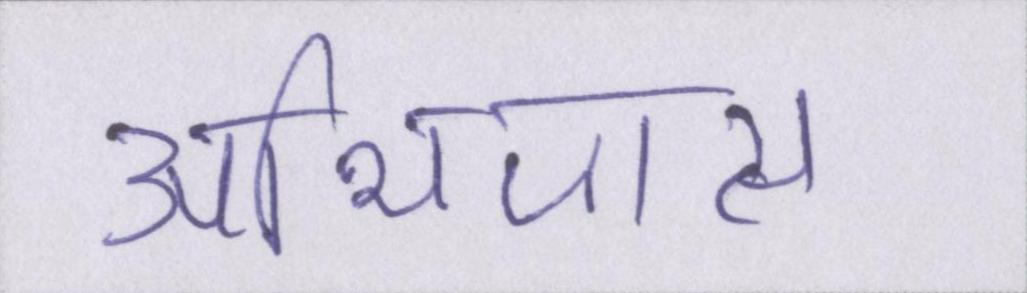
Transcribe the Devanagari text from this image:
अभिजात्य